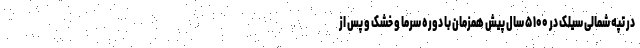
در تپه شمالی سیلک در ۵۱۰۰ سال پیش همزمان با دوره سرما و خشک و پس از